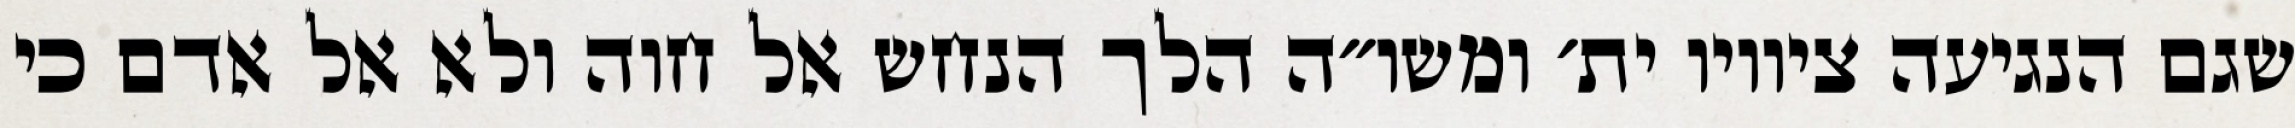
שגם הנגיעה ציוויו ית׳ ומשו״ה הלך הנחש אל חוה ולא אל אדם כי